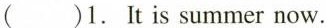
( )1. It is summer now.